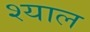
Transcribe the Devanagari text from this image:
श्याल